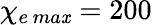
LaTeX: \chi_{e\, ma\mathit{x}}=200